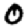
Digit: 0